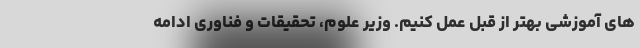
های آموزشی بهتر از قبل عمل کنیم. وزیر علوم، تحقیقات و فناوری ادامه